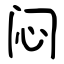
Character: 闷